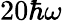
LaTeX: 20\hbar\omega